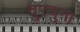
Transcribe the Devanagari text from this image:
दुरचुना